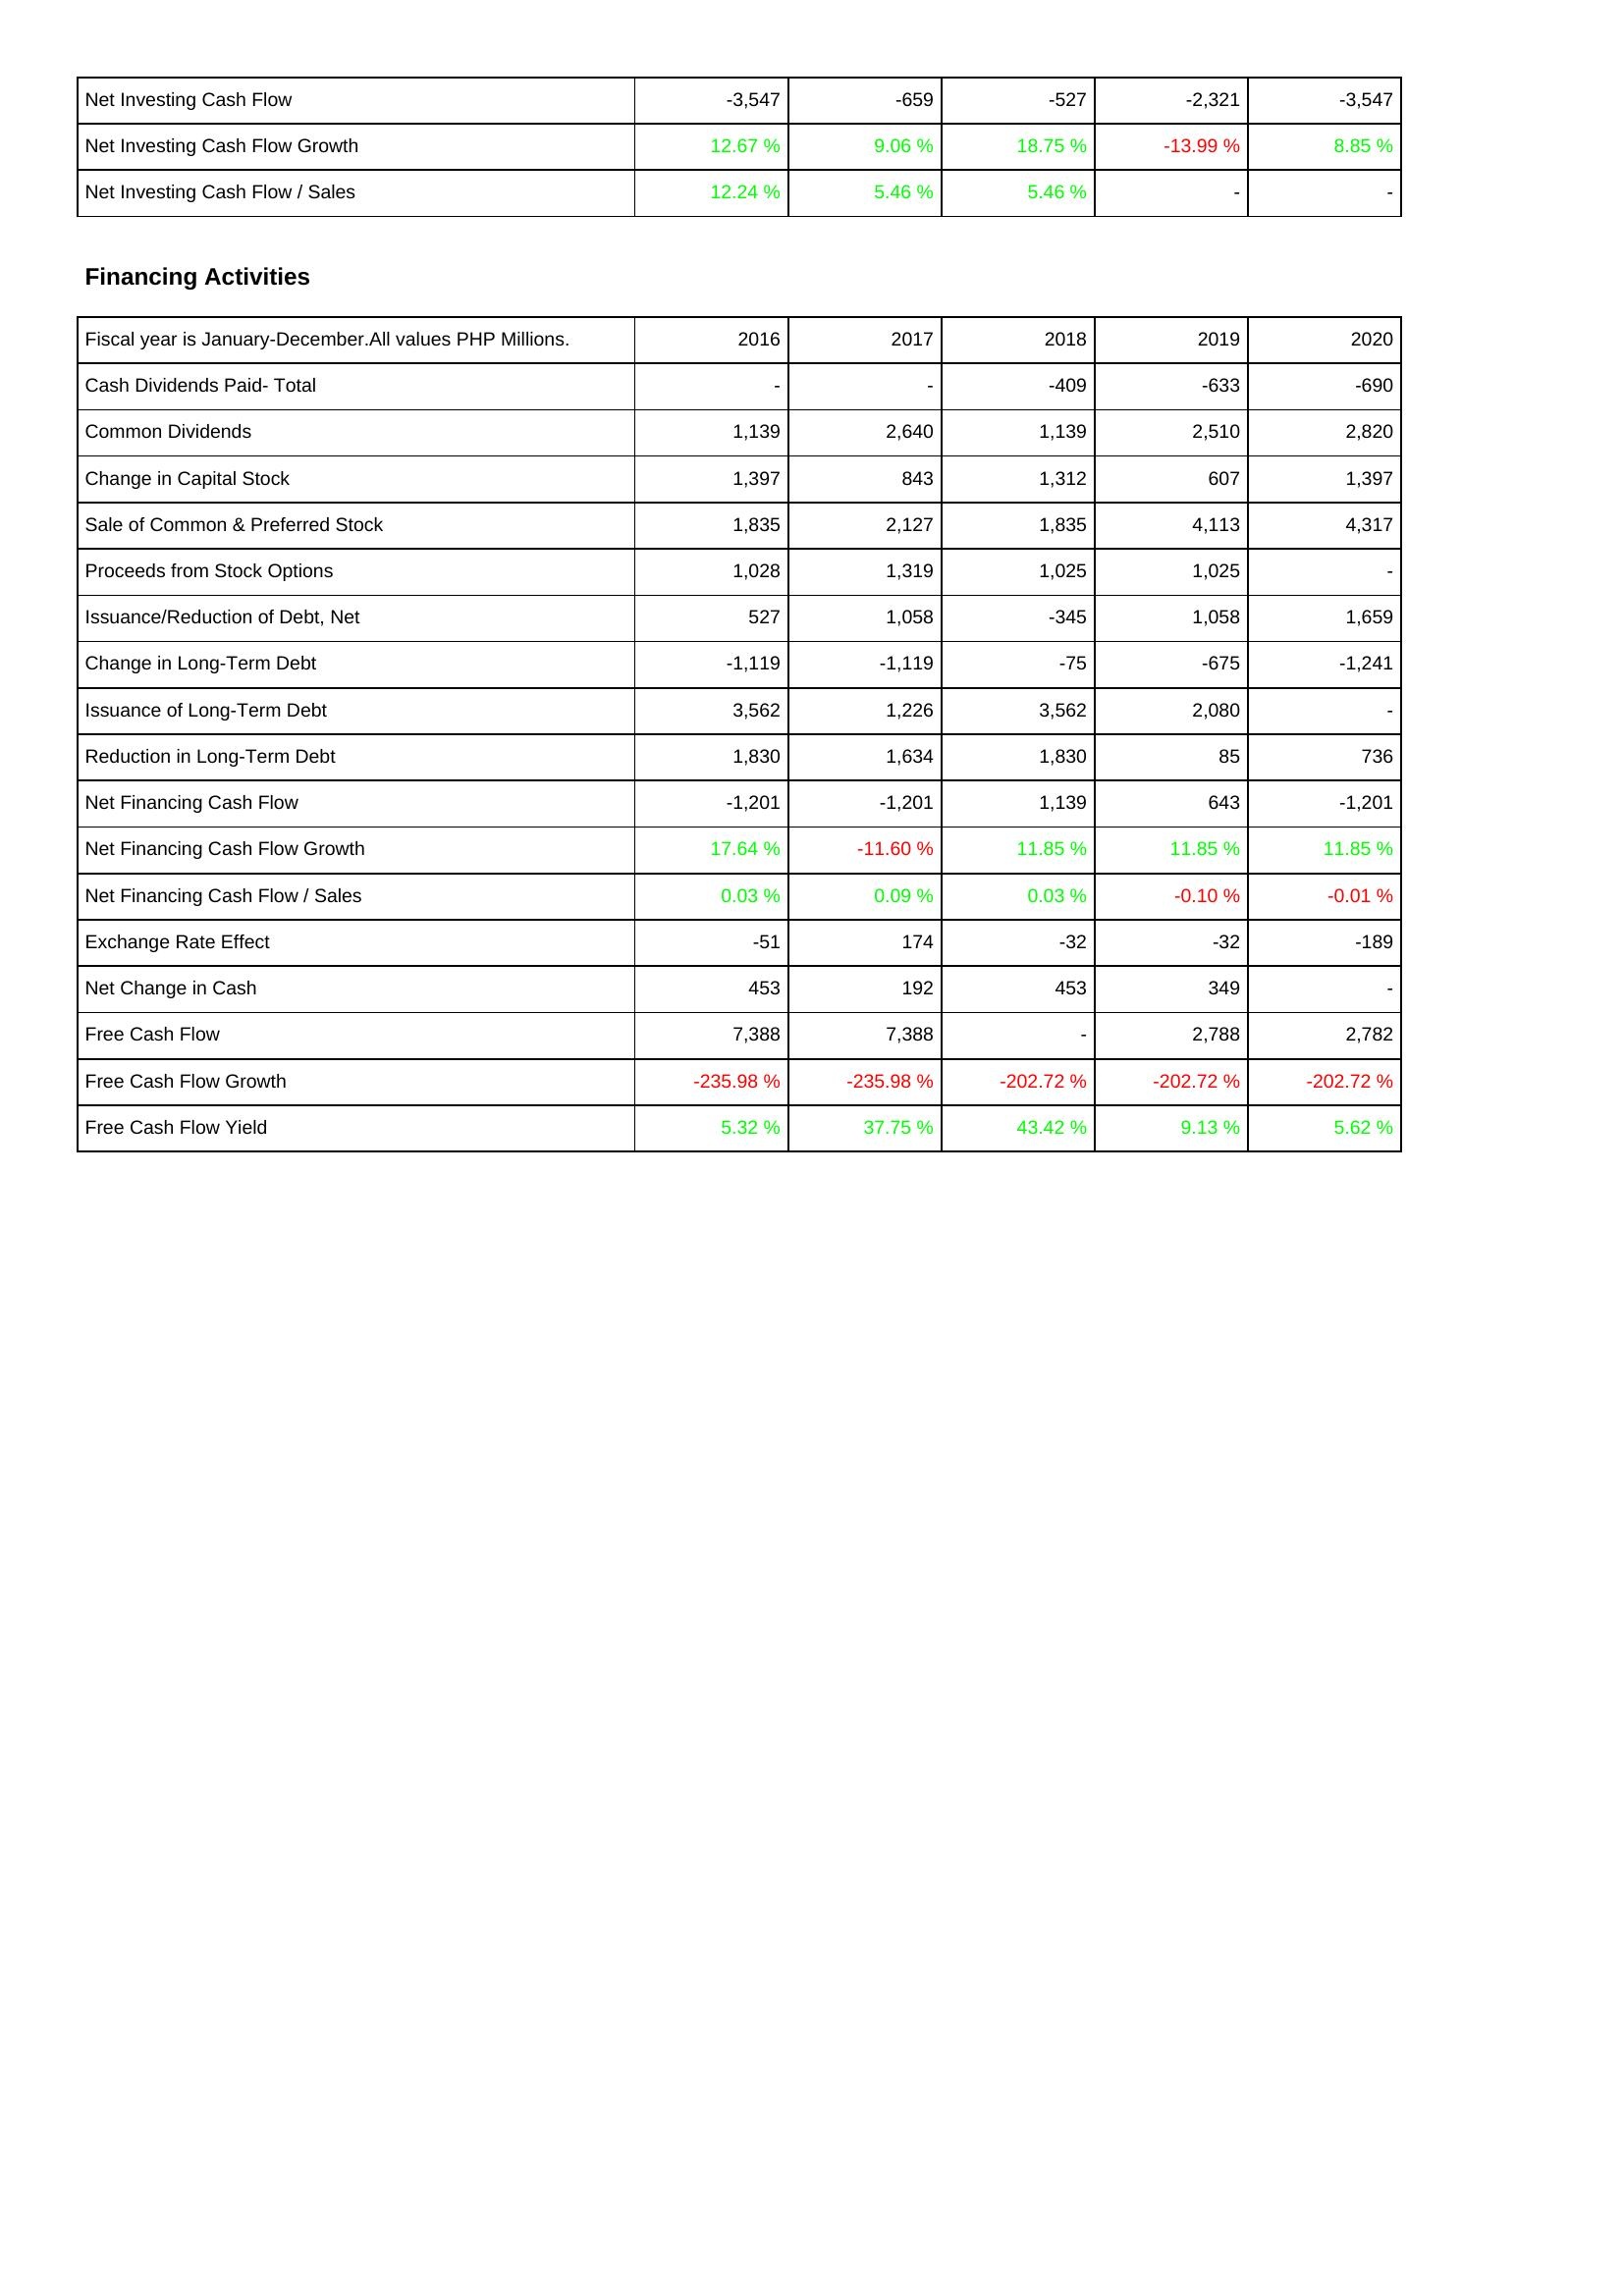
2016: Investing Activities: Net Investing Cash Flow: -3,547
Net Investing Cash Flow Growth: 12.67 %
Net Investing Cash Flow / Sales: 12.24 %
Financing Activities: Cash Dividends Paid- Total: -
Common Dividends: 1,139
Change in Capital Stock: 1,397
Sale of Common & Preferred Stock: 1,835
Proceeds from Stock Options: 1,028
Issuance/Reduction of Debt, Net: 527
Change in Long-Term Debt: -1,119
Issuance of Long-Term Debt: 3,562
Reduction in Long-Term Debt: 1,830
Net Financing Cash Flow: -1,201
Net Financing Cash Flow Growth: 17.64 %
Net Financing Cash Flow / Sales: 0.03 %
Exchange Rate Effect: -51
Net Change in Cash: 453
Free Cash Flow: 7,388
Free Cash Flow Growth: -235.98 %
Free Cash Flow Yield: 5.32 %
2017: Investing Activities: Net Investing Cash Flow: -659
Net Investing Cash Flow Growth: 9.06 %
Net Investing Cash Flow / Sales: 5.46 %
Financing Activities: Cash Dividends Paid- Total: -
Common Dividends: 2,640
Change in Capital Stock: 843
Sale of Common & Preferred Stock: 2,127
Proceeds from Stock Options: 1,319
Issuance/Reduction of Debt, Net: 1,058
Change in Long-Term Debt: -1,119
Issuance of Long-Term Debt: 1,226
Reduction in Long-Term Debt: 1,634
Net Financing Cash Flow: -1,201
Net Financing Cash Flow Growth: -11.60 %
Net Financing Cash Flow / Sales: 0.09 %
Exchange Rate Effect: 174
Net Change in Cash: 192
Free Cash Flow: 7,388
Free Cash Flow Growth: -235.98 %
Free Cash Flow Yield: 37.75 %
2018: Investing Activities: Net Investing Cash Flow: -527
Net Investing Cash Flow Growth: 18.75 %
Net Investing Cash Flow / Sales: 5.46 %
Financing Activities: Cash Dividends Paid- Total: -409
Common Dividends: 1,139
Change in Capital Stock: 1,312
Sale of Common & Preferred Stock: 1,835
Proceeds from Stock Options: 1,025
Issuance/Reduction of Debt, Net: -345
Change in Long-Term Debt: -75
Issuance of Long-Term Debt: 3,562
Reduction in Long-Term Debt: 1,830
Net Financing Cash Flow: 1,139
Net Financing Cash Flow Growth: 11.85 %
Net Financing Cash Flow / Sales: 0.03 %
Exchange Rate Effect: -32
Net Change in Cash: 453
Free Cash Flow: -
Free Cash Flow Growth: -202.72 %
Free Cash Flow Yield: 43.42 %
2019: Investing Activities: Net Investing Cash Flow: -2,321
Net Investing Cash Flow Growth: -13.99 %
Net Investing Cash Flow / Sales: -
Financing Activities: Cash Dividends Paid- Total: -633
Common Dividends: 2,510
Change in Capital Stock: 607
Sale of Common & Preferred Stock: 4,113
Proceeds from Stock Options: 1,025
Issuance/Reduction of Debt, Net: 1,058
Change in Long-Term Debt: -675
Issuance of Long-Term Debt: 2,080
Reduction in Long-Term Debt: 85
Net Financing Cash Flow: 643
Net Financing Cash Flow Growth: 11.85 %
Net Financing Cash Flow / Sales: -0.10 %
Exchange Rate Effect: -32
Net Change in Cash: 349
Free Cash Flow: 2,788
Free Cash Flow Growth: -202.72 %
Free Cash Flow Yield: 9.13 %
2020: Investing Activities: Net Investing Cash Flow: -3,547
Net Investing Cash Flow Growth: 8.85 %
Net Investing Cash Flow / Sales: -
Financing Activities: Cash Dividends Paid- Total: -690
Common Dividends: 2,820
Change in Capital Stock: 1,397
Sale of Common & Preferred Stock: 4,317
Proceeds from Stock Options: -
Issuance/Reduction of Debt, Net: 1,659
Change in Long-Term Debt: -1,241
Issuance of Long-Term Debt: -
Reduction in Long-Term Debt: 736
Net Financing Cash Flow: -1,201
Net Financing Cash Flow Growth: 11.85 %
Net Financing Cash Flow / Sales: -0.01 %
Exchange Rate Effect: -189
Net Change in Cash: -
Free Cash Flow: 2,782
Free Cash Flow Growth: -202.72 %
Free Cash Flow Yield: 5.62 %